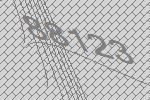
88123